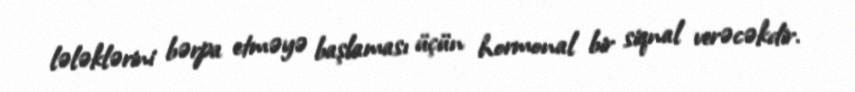
lələklərini bərpa etməyə başlaması üçün hormonal bir siqnal verəcəkdir.